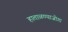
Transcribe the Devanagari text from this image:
हाताळण्याजोगा